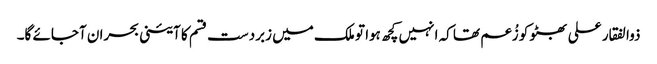
ذوالفقار علی بھٹو کو زُعم تھا کہ انہیں کچھ ہوا تو ملک میں زبردست قسم کا آئینی بحران آجائے گا۔